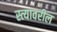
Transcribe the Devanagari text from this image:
स्त्यावरील